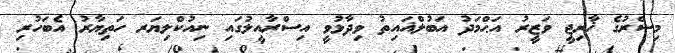
މިސްރުގެ ޚާރިޖީ ވަޒީރު އަޙްމަދު އަބުލްޣައިތު ވިދާޅުވީ އިސްރާއީލުގައި ނިއުކްލިޔަރ ހަތިޔާރު އެބަހުރި